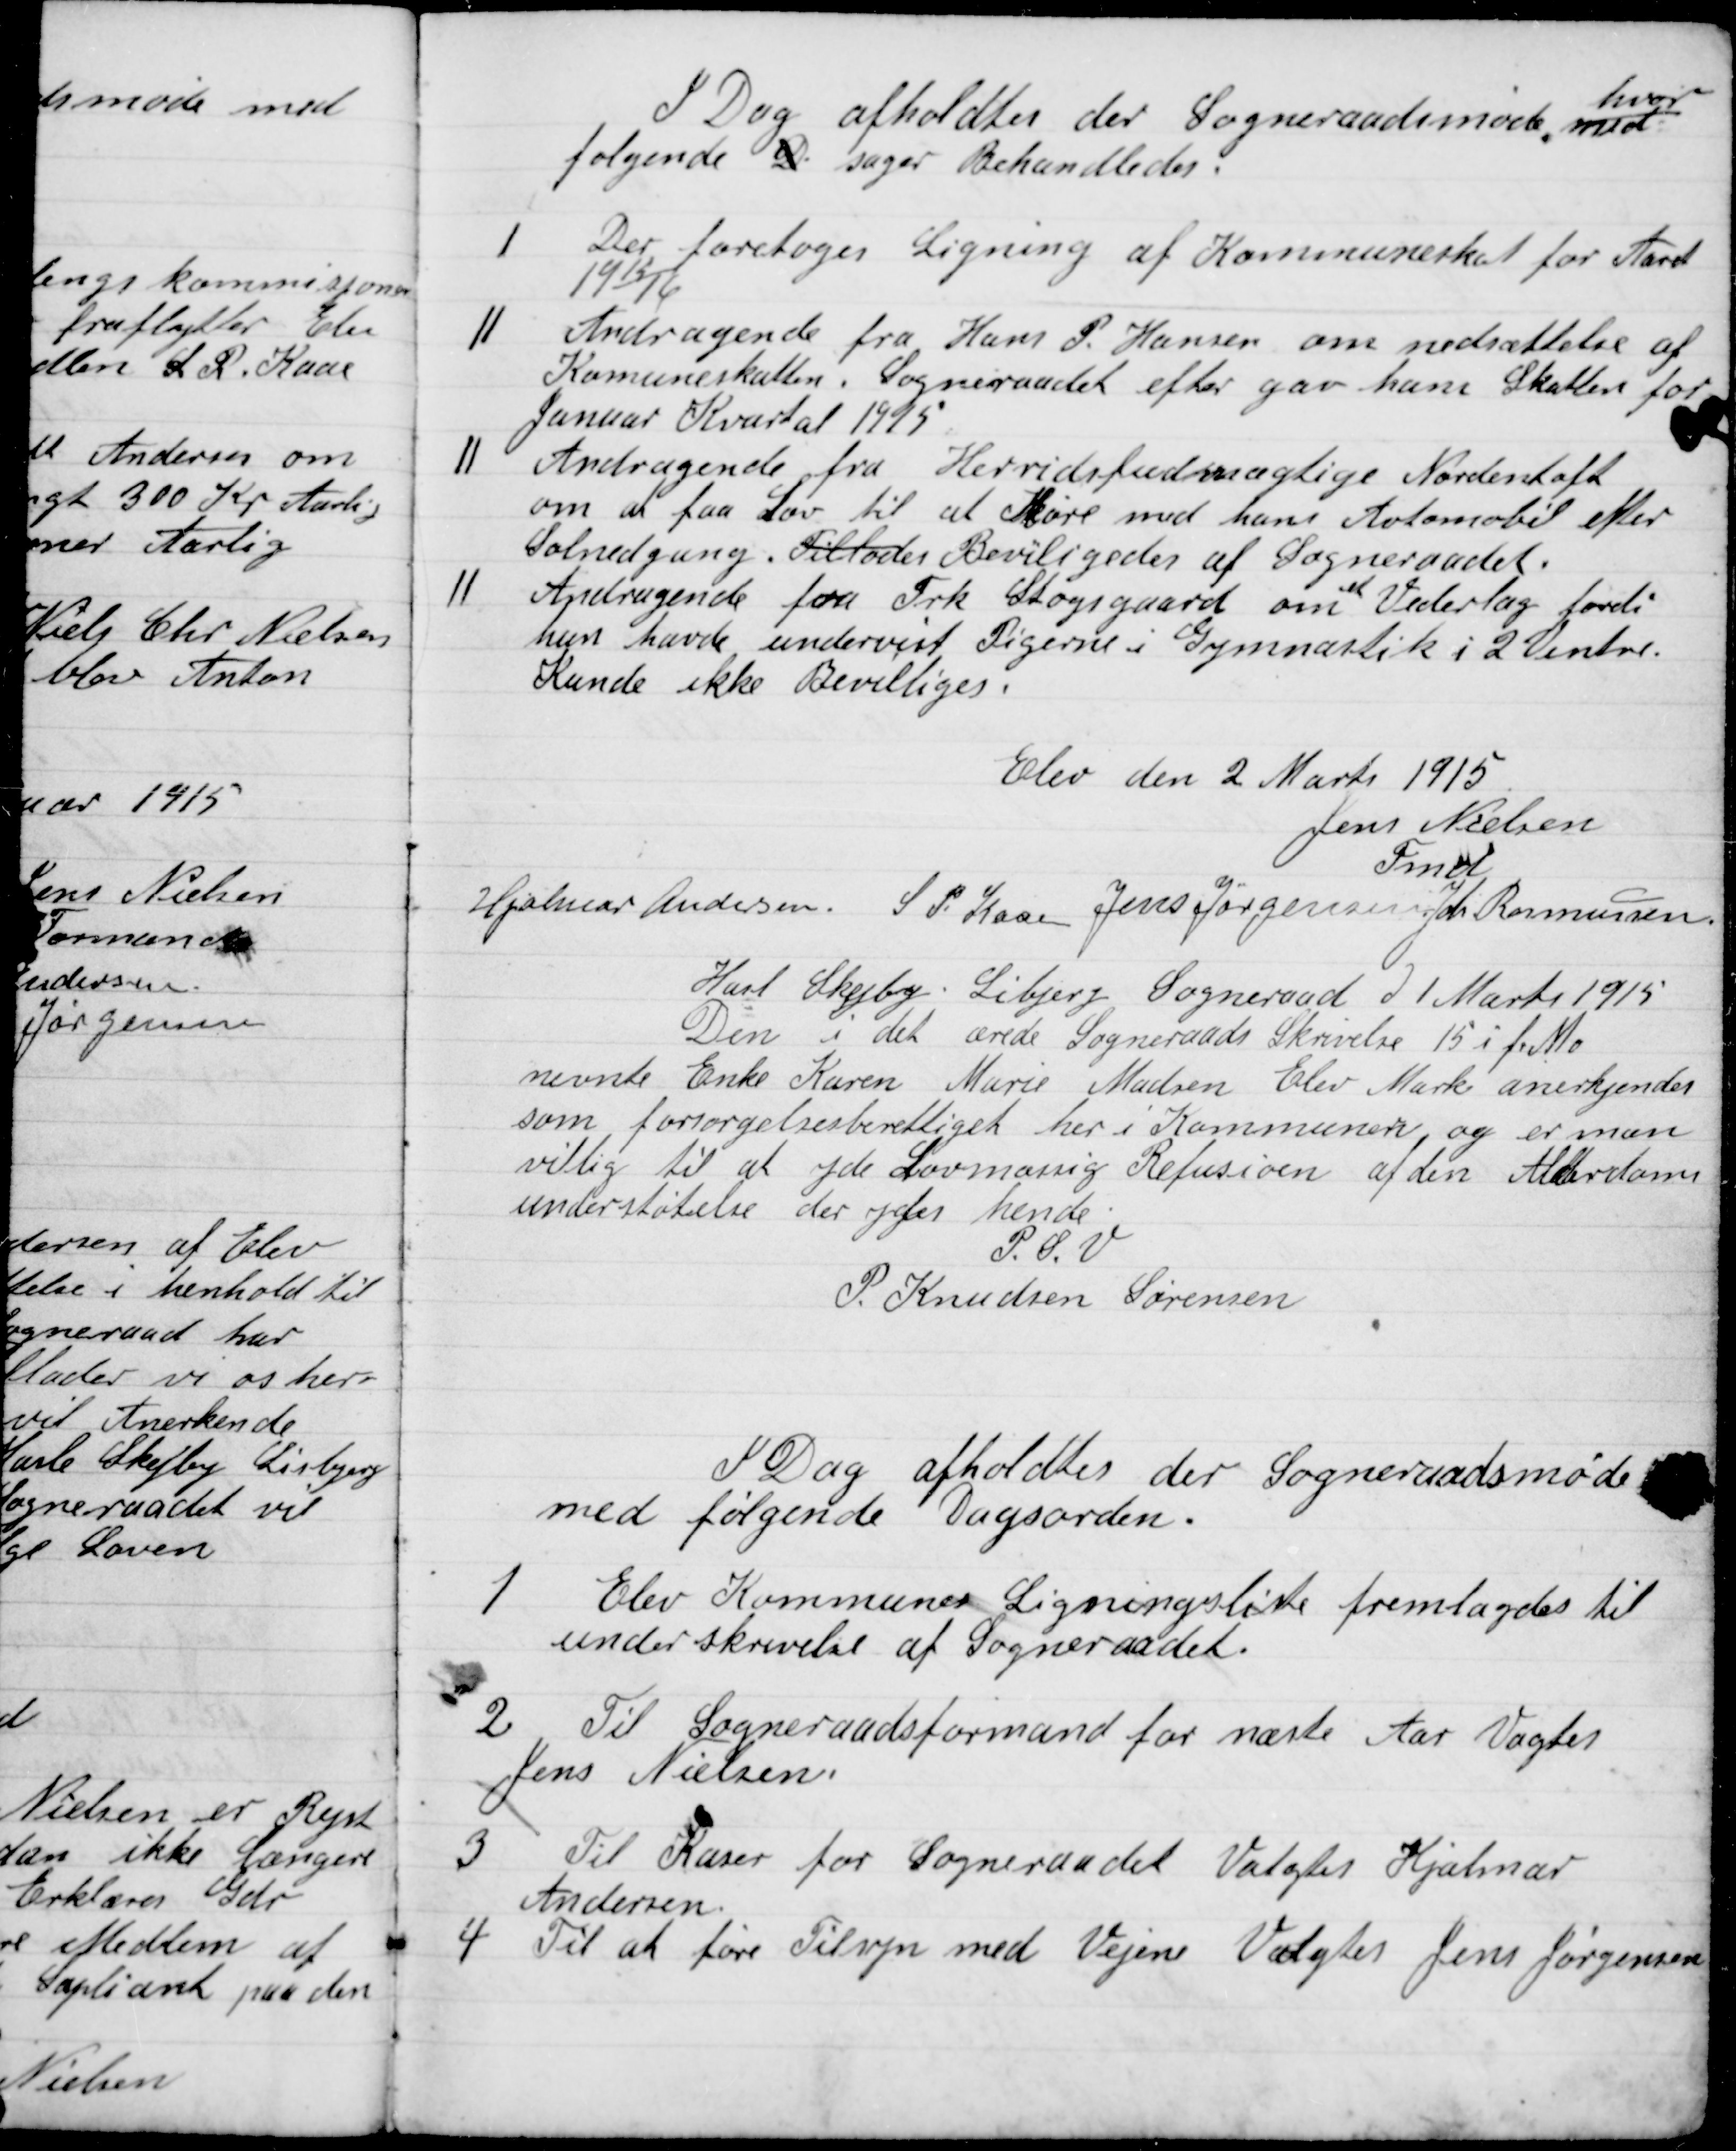
Transskription:
I Dag afholdes der Sogneraadsmøde med
hvor
følgende Sager Behandledes.

I

Der foretoges Ligning af Kommuneskat for Aaret
1915/16.

II

Andragende fra Hans P. Hansen om nedsættelse af
Kommuneskatten. Sogneraadet efter gaar hans Skatter for
Januar Kvartal 1915.

II

Andragende fra Herredsfuldmægtige Nordentoft
om at faa Lov til at køre med hans Automobil efter
Solnedgang. Tillodes Bevilligedes af Sogneraadet.

II

Andragende fra Frk. Stogsgaard om et Vederlag fordi
hun havde undervist Pigerne i Gymnastik i 2 Vintre.
Kunde ikke Bevilliges.

Elev den 2 Marts 1915

Jens Nielsen
Fmd.
Hjalmar Andersen.
S. P. Kaas
Jens Jørgensen
Joh. Rasmussen

Hasle, Skejby, Lisbjerg Sogneraad D. 1 Marts 1915
Den i det ærede Sogneraads skrivelse 15 i fr. Md.
nevnte Enke Karen Marie Madsen Elev Mar anerkjendes
som forsørgelsesberettiget her i Kommunen og er man
villig til at yde Lovmæssig Refusion af den Alderdoms-
understøttelse der ydes hende.
P.S.V.
P. Knudsen Sørensen

I Dag afholdes der Sogneraadsmøde
med følgende Dagsorden.

1

Elev Kommunes Ligningsliste fremlagdes til
Underskrivelse af Sogneraadet.

2

Til Sogneraadsformand for næste Aar Valgtes
Jens Nielsen.

3

Til Kasser for Sogneraadet Valgtes Hjalmer
Andersen

4

Til at føre Tilsyn med Vejene valgtes Jens Jørgensen